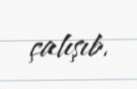
çalışıb.